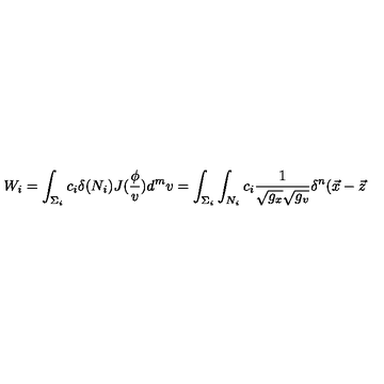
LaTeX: W _ { i } = \int _ { \Sigma _ { i } } c _ { i } \delta ( N _ { i } ) J ( \frac \phi v ) d ^ { m } v = \int _ { \Sigma _ { i } } \int _ { N _ { i } } c _ { i } \frac 1 { \sqrt { g _ { x } } \sqrt { g _ { v } } } \delta ^ { n } ( \vec { x } - \vec { z }